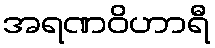
အရဏဝိဟာရီ